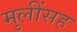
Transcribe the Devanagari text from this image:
मुलींसह